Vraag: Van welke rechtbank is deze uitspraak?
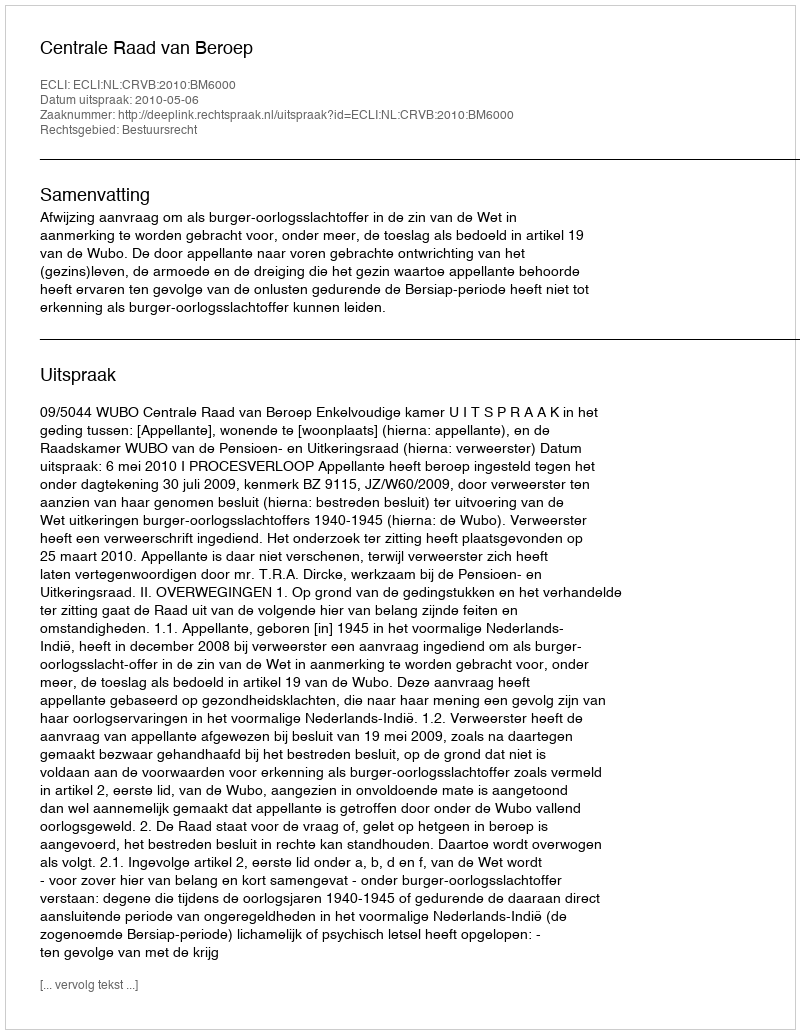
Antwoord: Centrale Raad van Beroep